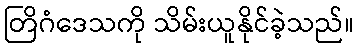
တြိဂံဒေသကို သိမ်းယူနိုင်ခဲ့သည်။